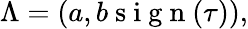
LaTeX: \begin{array}{r}{\Lambda=(a,b\mathrm{~s~i~g~n~}(\tau)),}\end{array}